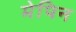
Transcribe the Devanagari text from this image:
मेपिन